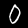
Digit: 0